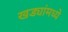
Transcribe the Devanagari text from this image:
खड्यांमध्ये